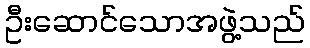
ဦးဆောင်သောအဖွဲ့သည်